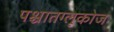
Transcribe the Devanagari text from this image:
पश्चातग्लूकोज